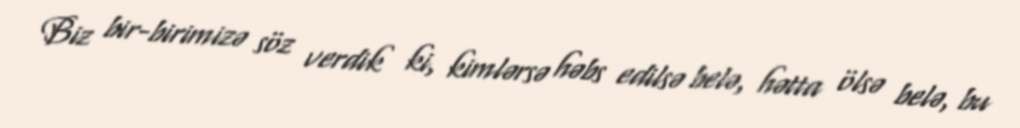
Biz bir-birimizə söz verdik ki, kimlərsə həbs edilsə belə, hətta ölsə belə, bu